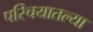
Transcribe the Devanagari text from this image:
परिचयातल्या